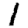
Digit: 1